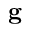
\mathbf { g }